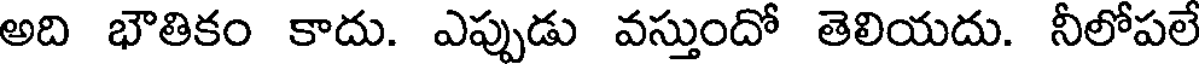
అది భౌతికం కాదు. ఎప్పుడు వస్తుందో తెలియదు. నీలోపలే